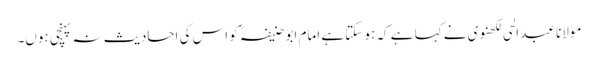
مولانا عبد الحی لکھنوی نے کہا ہے کہ ہو سکتا ہے امام ابو حنیفہؒ کو اس کی احادیث نہ پہنچی ہوں۔